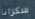
سكرانا